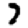
Digit: 7